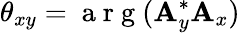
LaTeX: \theta_{xy}=\mathrm{~a~r~g~}(\mathbf{A}_{y}^{*}\mathbf{A}_{x})